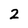
Character: 2